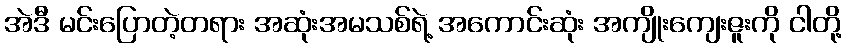
အဲဒီ မင်းပြောတဲ့တရား အဆုံးအမသစ်ရဲ့ အကောင်းဆုံး အကျိုးကျေးဇူးကို ငါတို့